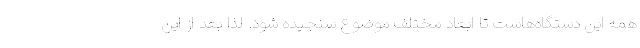
همه این دستگاه‌هاست تا ابعاد مختلف موضوع سنجیده شود. لذا بعد از این